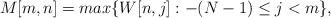
LaTeX: \begin{align*} M[m,n] =max\{W[n,j]:-(N-1) \leq j < m \},\end{align*}